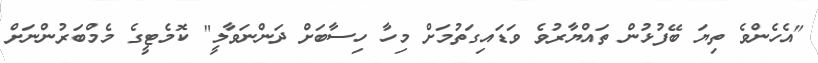
"އެހެންވެ ތިޔަ ބޭފުޅުން ތައްޔާރުވެ ވަޑައިގަތުމަށް މިހާ ހިސާބަށް ދަންނަވާލީ" ކޮމެޓީގެ މެމްބަރުންނަށް